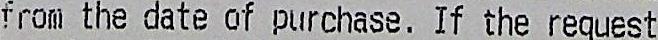
FROM THE DATE OF PURCHASE. IF THE REQUEST